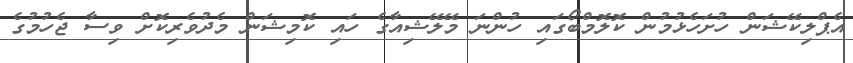
އެޕްލިކޭޝަން ހުށަހެޅުމުން ކޮލޮމްބޯގައި ހުންނަ މޭލޭޝިއާގެ ހައި ކޮމިޝަން މެދުވެރިކޮށް ވިސާ ޖެހުމުގެ